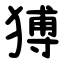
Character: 猼